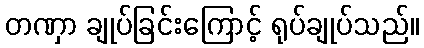
တဏှာ ချုပ်ခြင်းကြောင့် ရုပ်ချုပ်သည်။